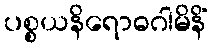
ပစ္စယနိရောဓဂါမိနိံ